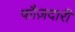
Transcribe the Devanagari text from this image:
फौज़दारी